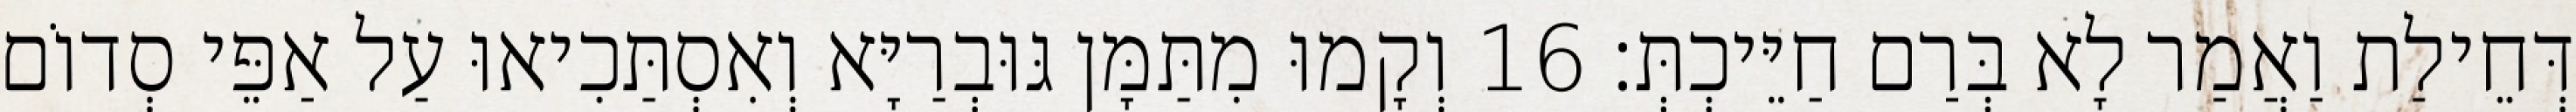
דְּחֵילַת וַאֲמַר לָא בְּרַם חַיֵּיכְתְּ׃ 16 וְקָמוּ מִתַּמָּן גּוּבְרַיָּא וְאִסְתַּכִיאוּ עַל אַפֵּי סְדוֹם